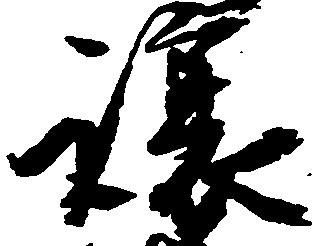
譲